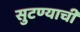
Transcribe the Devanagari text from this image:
सुटण्याची